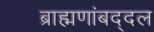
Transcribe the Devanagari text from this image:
ब्राह्मणांबद्दल